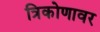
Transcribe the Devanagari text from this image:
त्रिकोणावर